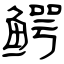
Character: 鳄